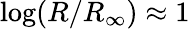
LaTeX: \log(R/R_{\infty})\approx 1